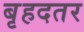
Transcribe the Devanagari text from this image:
बृहदतर